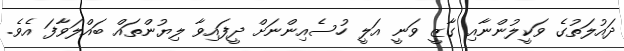
ދައުލަތުގެ ވަކީލުންނާއި ގާޒީ ވަނީ އަލީ ހުސެއިންނަށް ދީފައިވާ ލިޔުންތައް ބައްލަވާފަ އެވެ.